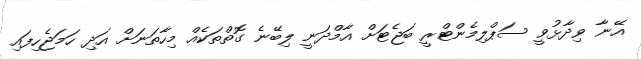
އޭނާ ވިދާޅުވީ ސަޕްލިމެންޓްރީ ބަޖެޓަށް އާމްދަނީ ލިބޭނެ ގޮތްތަކެއް މިހާތަނަށް އަދި ހަމަޖެހިފައި